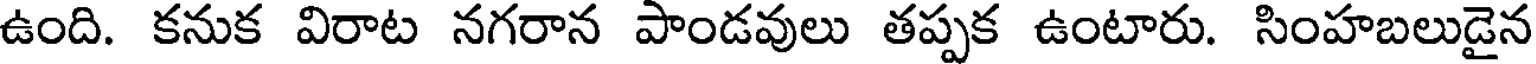
ఉంది. కనుక విరాట నగరాన పాండవులు తప్పక ఉంటారు. సింహబలుడైన